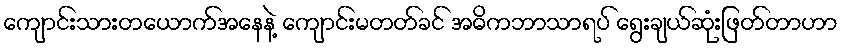
ကျောင်းသားတယောက်အနေနဲ့ ကျောင်းမတတ်ခင် အဓိကဘာသာရပ် ရွေးချယ်ဆုံးဖြတ်တာဟာ